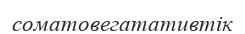
соматовегатативтік